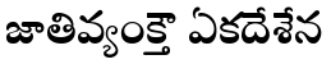
జాతివ్యంక్తౌ ఏకదేశేన